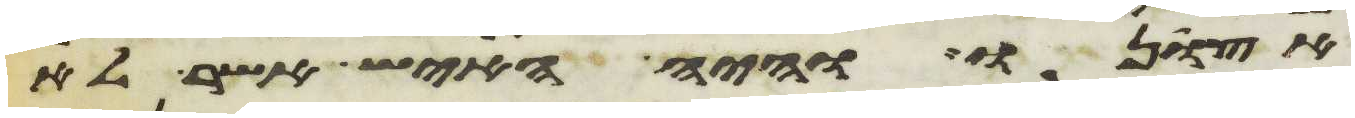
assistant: אצונו והיה האיש אשר לא